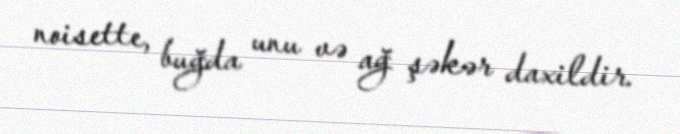
noisette, buğda unu və ağ şəkər daxildir.